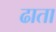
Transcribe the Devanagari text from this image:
ढाता